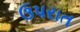
ઉપરાત